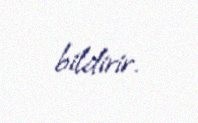
bildirir.